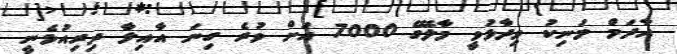
އާދަމް މަނިކު ވިދާޅުވީ މާލޭގެ 7000 އަށް ވުރެ ގިނަ އާއިލާ ދިރިއުޅެނީ